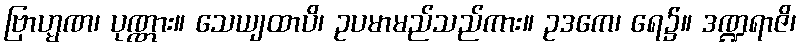
ဗြာဟ္မဏ၊ ပုဏ္ဏား။ သေယျထာပိ၊ ဥပမာမည်သည်ကား။ ဥဒကေ၊ ရေ၌။ ဒဏ္ဍရာဇိ၊